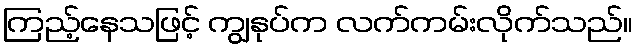
ကြည့်နေသဖြင့် ကျွနုပ်က လက်ကမ်းလိုက်သည်။